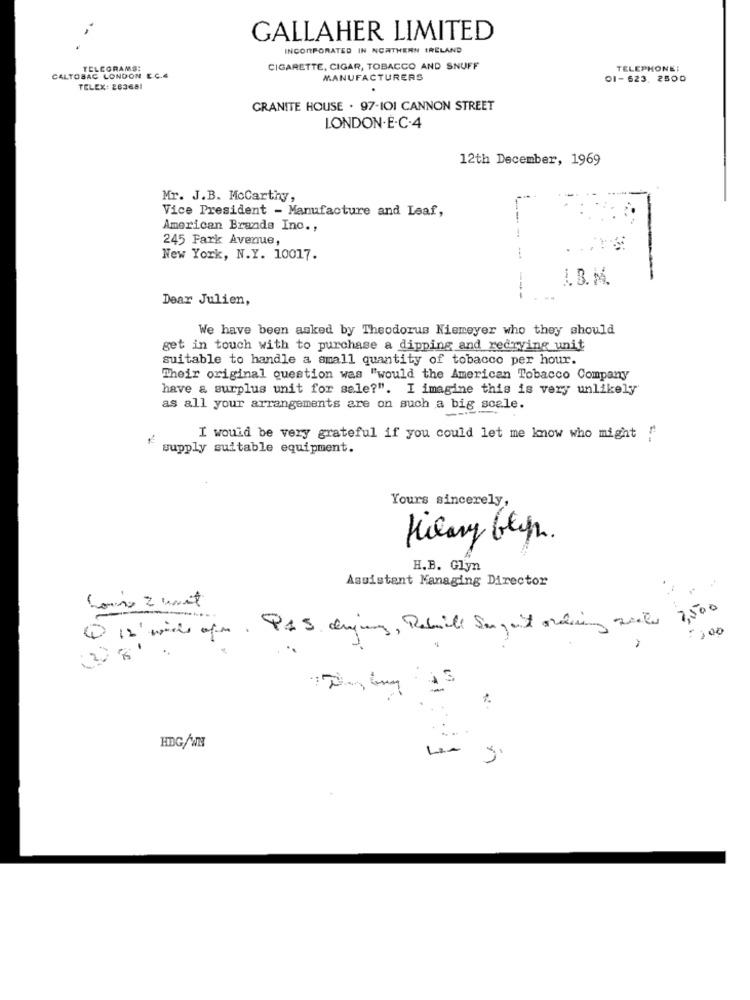
GALLAHER LIMITED
INCORPORATED IN NORTHERN IRELAND
TELEGRAMS:
CIGARETTE, CIGAR, TOBACCO AND SNUFF
TELEPHONE:
CALTOBAC LONDON E.C.4
MANUFACTURERS
01-623. 2500
TELEX: 263681
GRANITE HOUSE . 97-IO1 CANNON STREET
LONDON.E.C.4
12th December, 1969
Mr. J.B. Mccarthy,
Vice President - Manufacture and Leaf,
American Brands Inc .,
245 Park Avenue,
---
New York, N.Y. 10017.
I. B. M.
Dear Julien,
--
We have been asked by Theodorus Niemeyer who they should
get in touch with to purchase a dipping and redrying unit
suitable to handle a small quantity of tobacco per hour.
Their original question was "would the American Tobacco Company
have a surplus unit for sale?". I imagine this is very unlikely
as all your arrangements are on such a big scale.
I would be very grateful if you could let me know who might !
* supply suitable equipment.
Yours sincerely,
H.B. Glyn
Assistant Managing Director
1 Is' michs oper. PAS cujung, Rebuilt Sagait ordie seite 7,500
: , 00
3
.. .
HDG/WNS